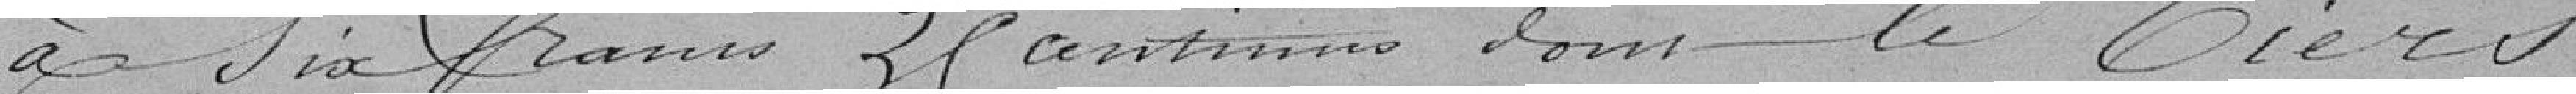
à six francs 39 centimes dont le tiers